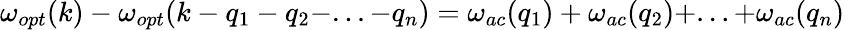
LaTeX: \begin{array}{r}{\omega_{opt}(k)-\omega_{opt}(k-q_{1}-q_{2}-...-q_{n})=\omega_{ac}(q_{1})+\omega_{ac}(q_{2})+...+\omega_{ac}(q_{n})}\end{array}